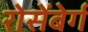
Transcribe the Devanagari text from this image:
रोसेंबेर्ग